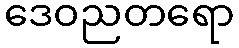
ဒေဝညတရော